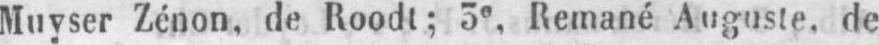
Muyser Zénon, de Roodt; 3e Remané Auguste, de